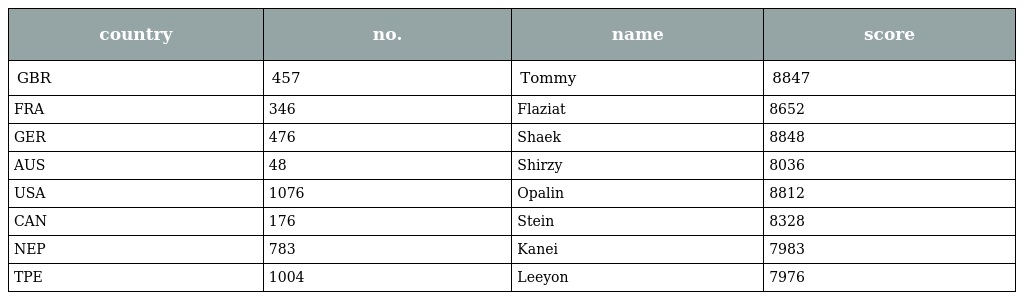
| country | no. | name | score |
 | --- | --- | --- | --- |
 | GBR | 457 | Tommy | 8847 |
 | FRA | 346 | Flaziat | 8652 |
 | GER | 476 | Shaek | 8848 |
 | AUS | 48 | Shirzy | 8036 |
 | USA | 1076 | Opalin | 8812 |
 | CAN | 176 | Stein | 8328 |
 | NEP | 783 | Kanei | 7983 |
 | TPE | 1004 | Leeyon | 7976 |